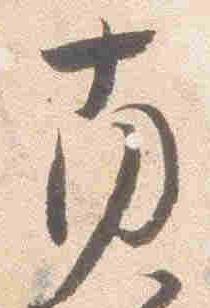
南